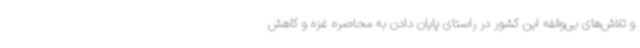
و تلاش‌های بی‌وقفه این کشور در راستای پایان دادن به محاصره غزه و کاهش